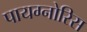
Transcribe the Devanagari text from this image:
पायग्नोरिस